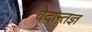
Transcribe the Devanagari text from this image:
वेदान्तज्ञ